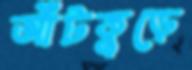
আঁটকুড়ে